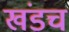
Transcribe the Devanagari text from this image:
खंडच